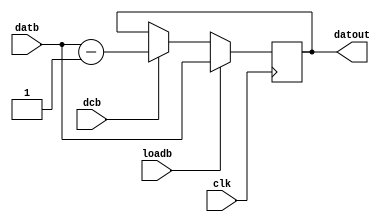
`timescale 1ns / 1ps
//////////////////////////////////////////////////////////////////////////////////
// Company: 
// Engineer: 
// 
// Design Name: 
// Module Name:    Reg3 
// Project Name: 
// Target Devices: 
// Tool versions: 
// Description: 
//
// Dependencies: 
//
// Revision: 
// Revision 0.01 - File Created
// Additional Comments: 
//
//////////////////////////////////////////////////////////////////////////////////
module Reg3(input clk,loadb,dcb,
	    input[15:0]datb,output reg[15:0]datout
    );
always @(posedge clk)
begin
	if(loadb)
	datout <= datb;
	else if(dcb)
	begin
	datout <= datb - 1;
	end
end

endmodule